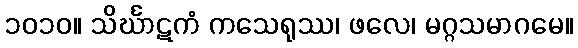
၁၀၁၀။ သိင်္ဃာဋကံ ကသေရုဿ၊ ဖလေ၊ မဂ္ဂသမာဂမေ။